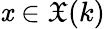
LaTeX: \mathit{x}\in{\mathfrak{{X}}}(k)